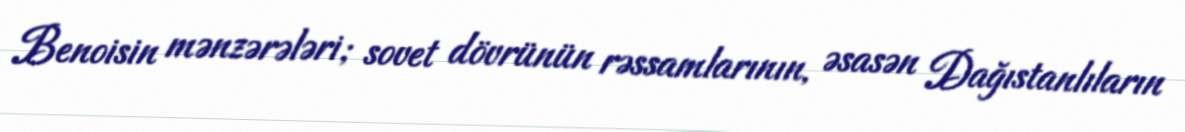
Benoisin mənzərələri; sovet dövrünün rəssamlarının, əsasən Dağıstanlıların